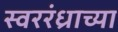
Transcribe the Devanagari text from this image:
स्वररंध्राच्या